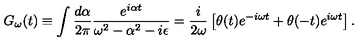
G _ { \omega } ( t ) \equiv \int \frac { d \alpha } { 2 \pi } \frac { e ^ { i \alpha t } } { \omega ^ { 2 } - \alpha ^ { 2 } - i \epsilon } = \frac { i } { 2 \omega } \left[ \theta ( t ) e ^ { - i \omega t } + \theta ( - t ) e ^ { i \omega t } \right] .